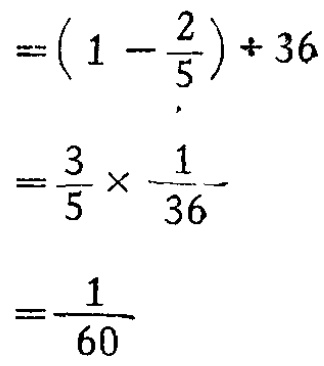
\[

\begin{align*}

&=(1 - \frac{2}{5})\div36\\

&=\frac{3}{5}\times\frac{1}{36}\\

&=\frac{1}{60}

\end{align*}

\]